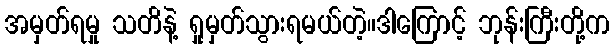
အမှတ်ရမှု သတိနဲ့ ရှုမှတ်သွားရမယ်တဲ့။ဒါကြောင့် ဘုန်းကြီးတို့က